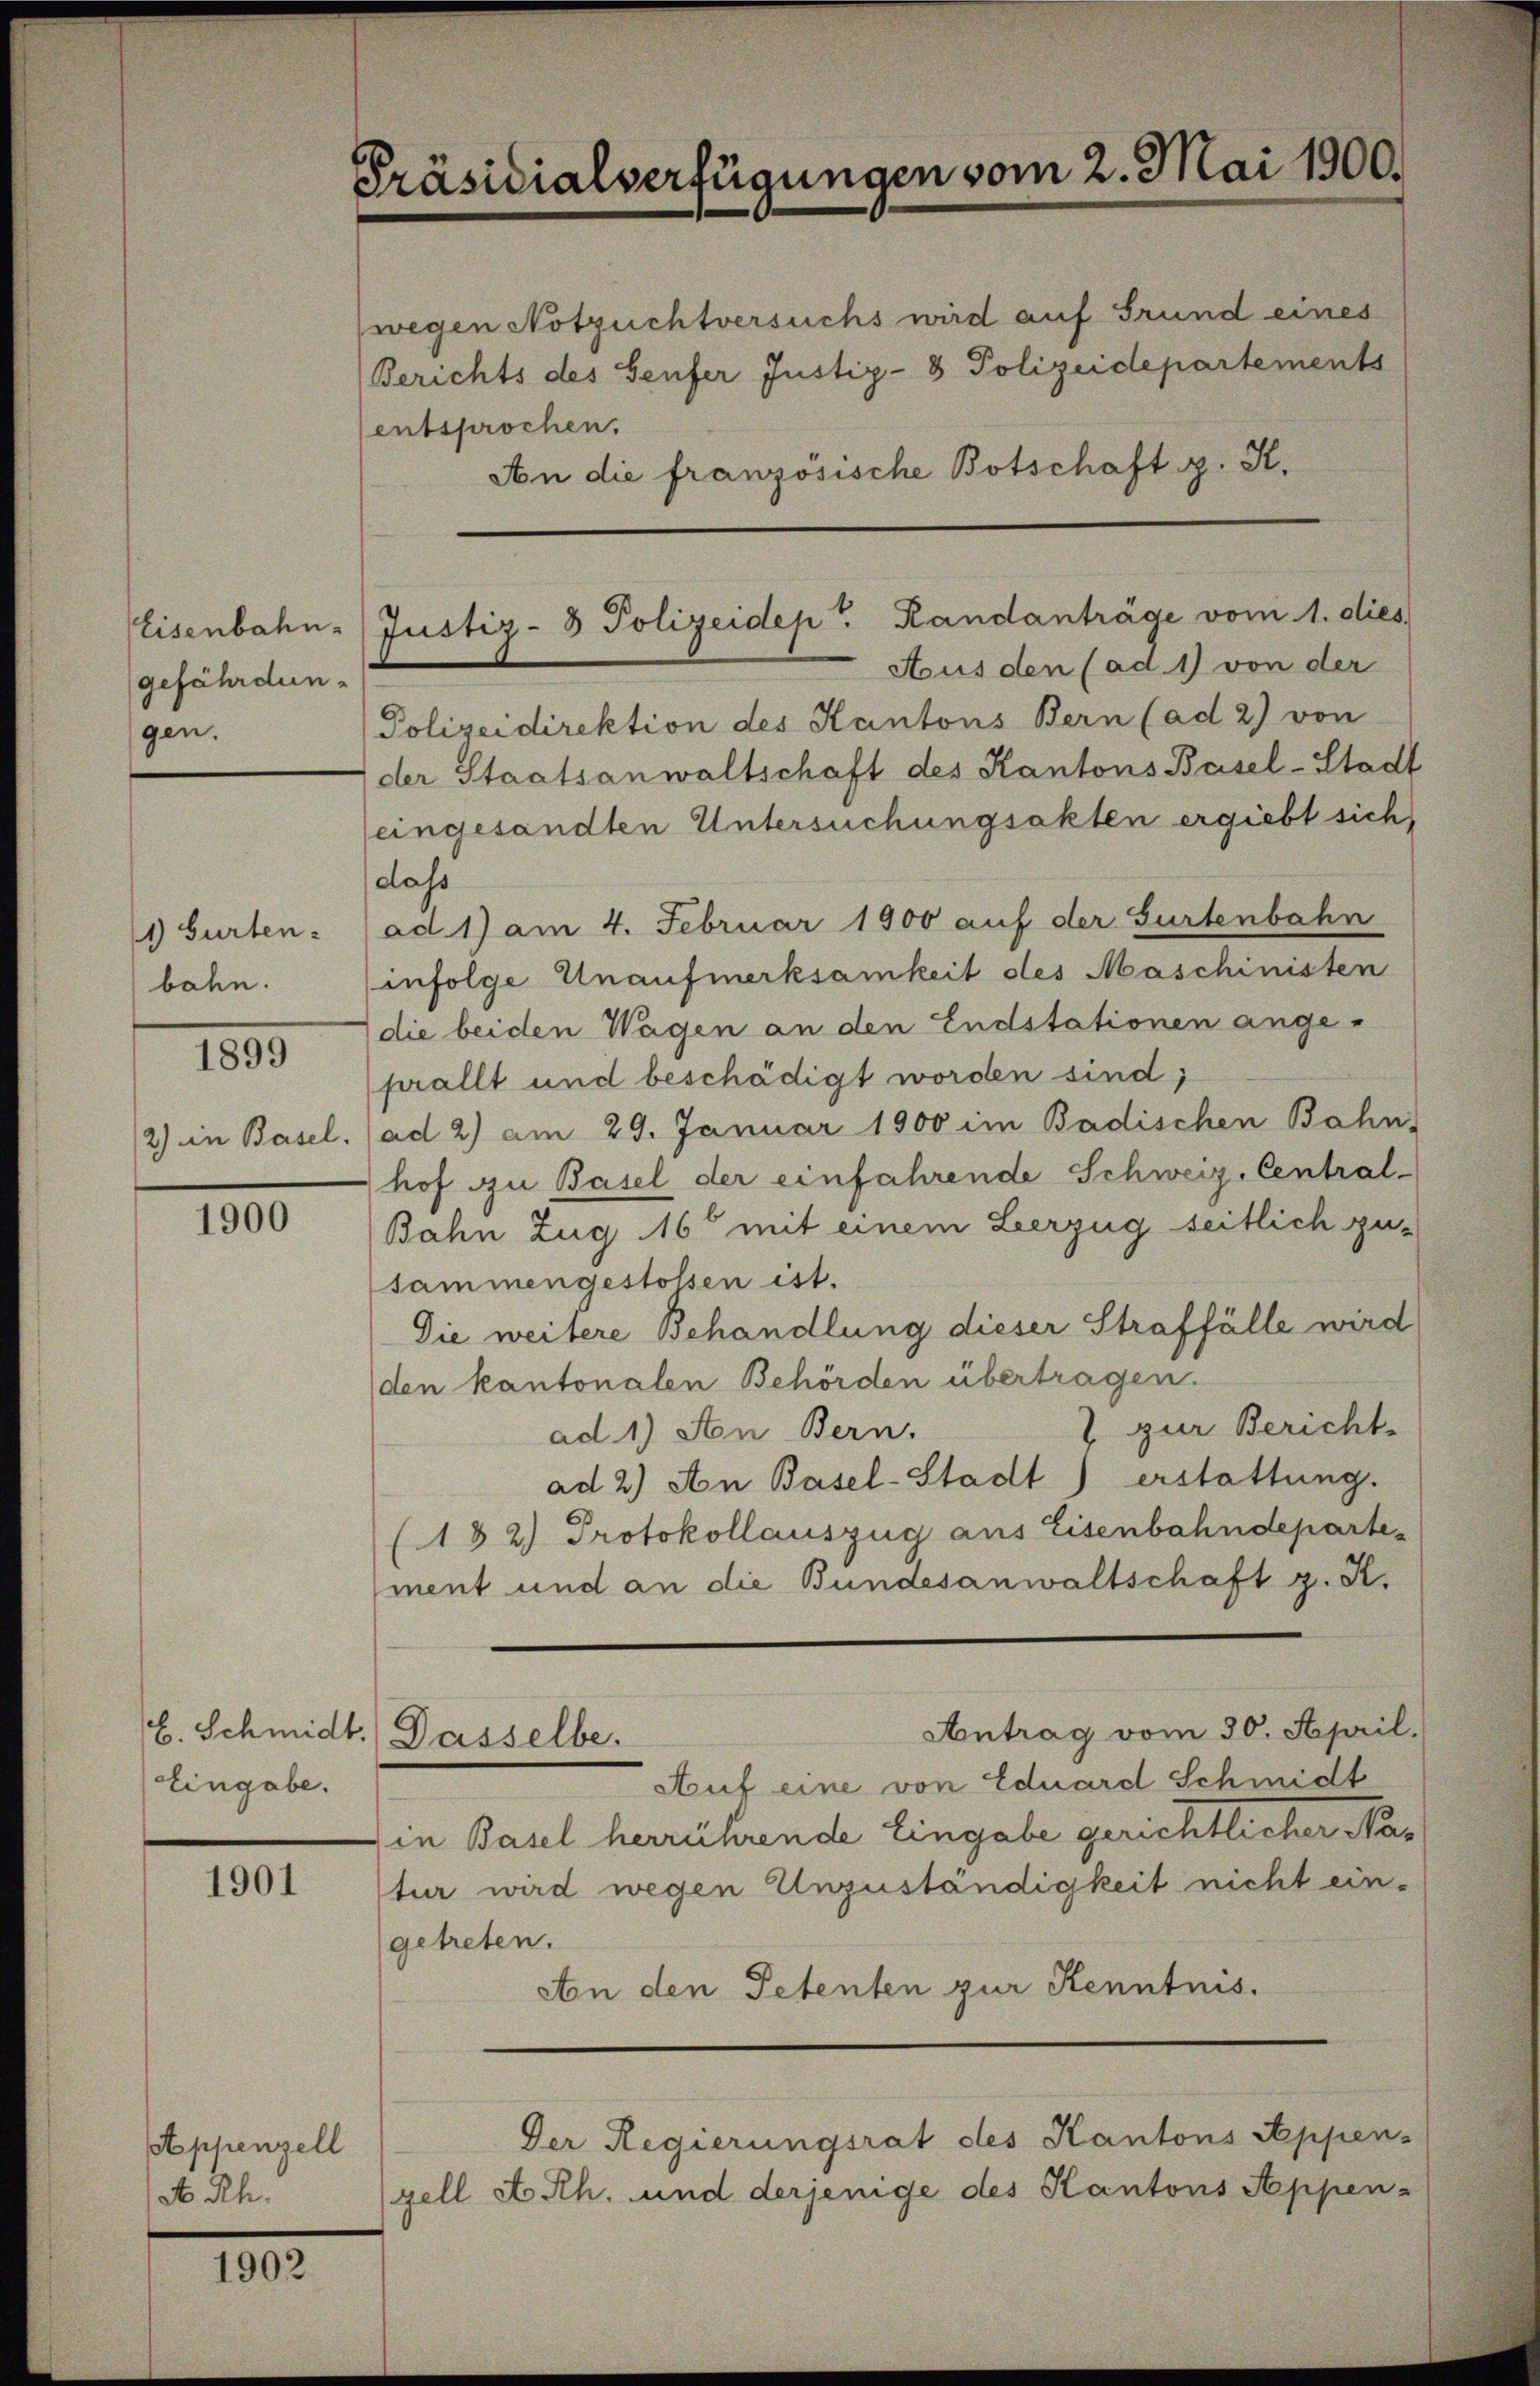
Eisenbahn-
gefährdun-
gen.

1) Gürten:
bahn.

1899

2) in Basel.

1900

EEingabe.

1901

Appenzell
a Rh.

1902

Präsidialverfügungen vom 2. Mai 1900.

(wegen Notzuchtversuchs wird auf Grund eines
Berichts des Senfer Justiz- & Polizeidepartements
entsprochen.
An die französische Botschaft z. K.
Polizeidirektion des Kantons Bern (ad 2) von
der Staatsanwaltschaft des Kantons Basel-Stad
eingesandten Untersuchungsakten ergiebt sich,
dass
ad 1) am 4. Februar 1900 auf der Gurtenbahn
infolge Unaufmerksamkeit des Maschinisten
die beiden Wagen an den Endstationen ange-
pällt und beschädigt worden sind;
ad 2) am 29. Januar 1900 im Badischen Bahn,
hof zu Basel der einfahrende Schweiz, Central-
Bahn Zug 16 mit einem Leerzug seitlich zu-
sammengestossen ist.
Die weitere Behandlung dieser Straffälle wird
den kantonalen Behörden übertragen.
7 zur Bericht
ad 1) An Bern.
ad 2.) An Basel-Stadt) erstattung.
(182) Protokollauszug aus Eisenbahndepartement und an die Bundesanwaltschaft g. R.
Antrag vom 30. April.
E. Schmidt. Dasselbe.
Auf eine von Eduard Schmidt
in Basel herrührende Eingabe gerichtlicher Natur wird wegen Unzuständigkeit nicht eingetreten.
An den Petenten zur Kenntnis.
Der Regierungsrat des Kantons Appen-
zell et Rh. und derjenige des Kantons Appen-

Justiz- & Polizeidep" Randanträge vom 1. dies
Aus den (ad 1) von der